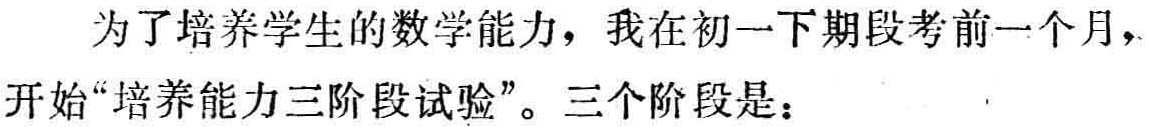
为了培养学生的数学能力，我在初一下期段考前一个月，开始“培养能力三阶段试验”。三个阶段是：